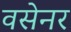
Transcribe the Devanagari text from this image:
वसेनर